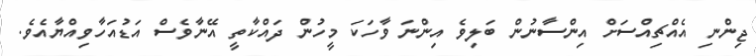
ޖިންނި އެއްޗިއްސަށް އިންސާނުން ބަލިވެ އިންނަ ވާހަކަ މީހުން ދައްކާތީ އޭނާވެސް އަޑުއަހާވިއްޔާއެވެ.